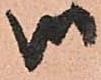
御